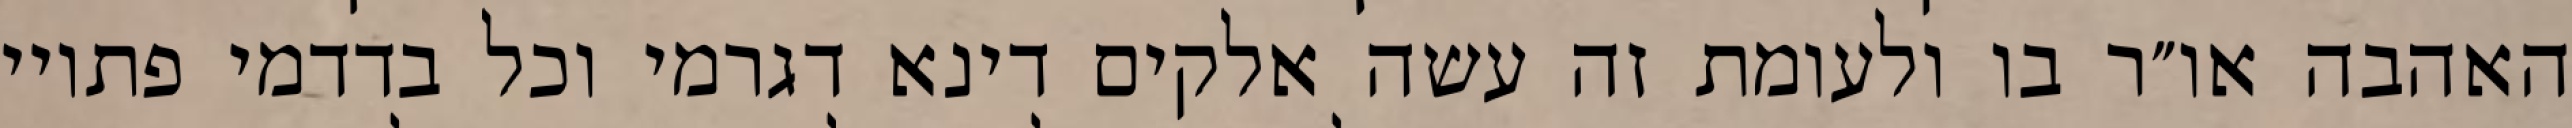
האהבה או״ר בו ולעומת זה עשה אלקים דינא דגרמי וכל בדדמי פתויי